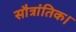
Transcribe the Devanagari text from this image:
सौत्रांतिक।